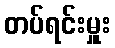
တပ်ရင်းမှူး